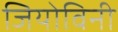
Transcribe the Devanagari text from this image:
जियोविनी